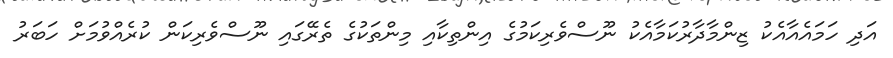
އަދި ހަމައެއާއެކު ޒިންމާދާރުކަމާއެކު ނޫސްވެރިކަމުގެ އިންތިކާއި މިންތަކުގެ ތެރޭގައި ނޫސްވެރިކަން ކުރެއްވުމަށް ހަބަރު